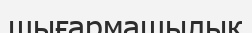
шығармашылык